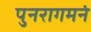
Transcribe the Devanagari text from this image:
पुनरागमनं